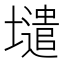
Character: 𡒌